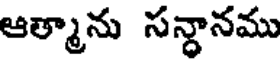
ఆత్మాను సన్ధానము